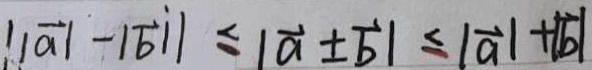
\vert \vert \overrightarrow { a } \vert - \vert \overrightarrow { b } / / \leq \vert \overrightarrow { a } \pm \overrightarrow { b } \vert \leq \vert \overrightarrow { a } \vert + \vert b \vert